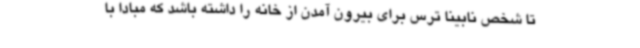
تا شخص نابینا ترس برای بیرون آمدن از خانه را داشته باشد که مبادا با